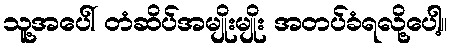
သူ့အပေါ် တံဆိပ်အမျိုးမျိုး အတပ်ခံရလို့ပေါ့။